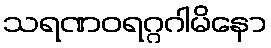
သရဏဝရဂ္ဂဂါမိနော